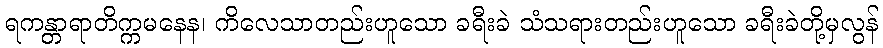
ရကန္တာရာတိက္ကမနေန၊ ကိလေသာတည်းဟူသော ခရီးခဲ သံသရားတည်းဟူသော ခရီးခဲတို့မှလွန်